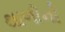
થાળીની